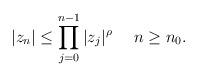
LaTeX: \begin{align*}|z_n|\leq \prod_{j=0}^{n-1} |z_{j}|^{\rho}\quad\ n\geq n_0.\end{align*}